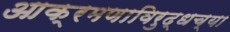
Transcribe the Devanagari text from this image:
आक्रमणाविरुद्धच्या